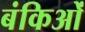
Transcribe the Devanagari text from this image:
बंकिओं